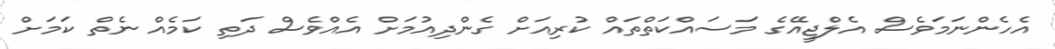
އެހެންނަމަވެސް އެލްޖީއޭގެ މަސައްކަތްތައް ކުރިއަށް ގެންދިއުމަށް އެއްވެސް ދަތި ކަމެއް ނެތް ކަމަށް